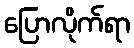
ပြောလိုက်ရာ